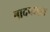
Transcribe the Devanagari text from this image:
बादषाहत